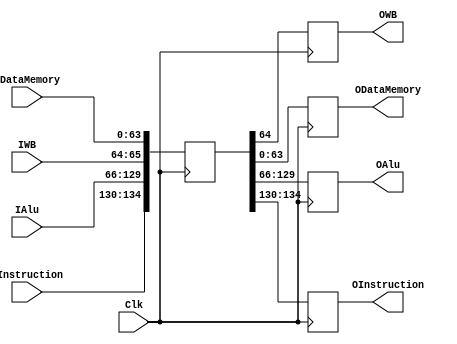
module Mem_wb_register(IWB,IDataMemory,IAlu,IInstruction,OWB,ODataMemory,OAlu,OInstruction,Clk);

	input[1:0] IWB;
	input [63:0] IDataMemory;
	input [63:0] IAlu;
	input [4:0] IInstruction;
	input Clk;

	output reg OWB;
	output reg [63:0]ODataMemory;
	output reg [63:0] OAlu;
	output reg [4:0] OInstruction;

	reg [134:0] registers;


	always @(posedge Clk)
	begin 	
		ODataMemory = registers[63:0];
		OWB = registers[65:64];
		OAlu = registers[129:66];
		OInstruction = registers[134:130];

		registers[63:0]=IDataMemory;
		registers[65:64] = IWB;
		registers[129:66] = IAlu;
	        registers[134:130] =IInstruction;
	end
endmodule